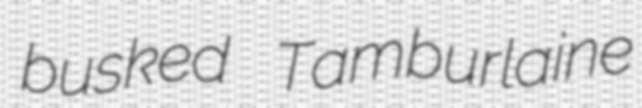
busked Tamburlaine